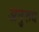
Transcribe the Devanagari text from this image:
अनुरूध